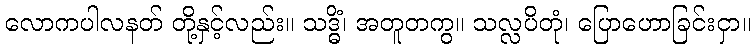
လောကပါလနတ် တို့နှင့်လည်း။ သဒ္ဓိံ၊ အတူတကွ။ သလ္လပိတုံ၊ ပြောဟောခြင်းငှာ။